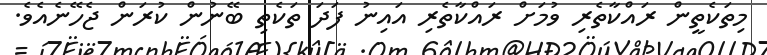
މިތަކެތީން ރައްކާތެރި ވުމަށް ރައްކާތެރި އައިނު ފަދަ ތަކެތި ބޭނުން ކުރަން ޖެހޭނެއެވެ.